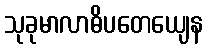
သုခုမာလာဓိပတေယျေန